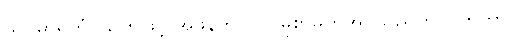
သူပဓာရိတံ၊ သတိဖြင့် အဖန်တလဲလဲမြဲစွာမှတ်အပ်သည်ကို။ (ကတွာ၊